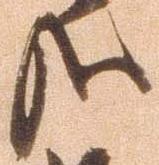
哉